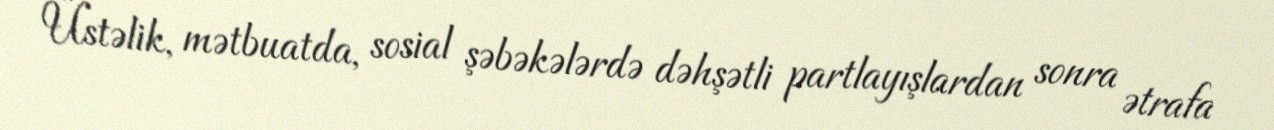
Üstəlik, mətbuatda, sosial şəbəkələrdə dəhşətli partlayışlardan sonra ətrafa